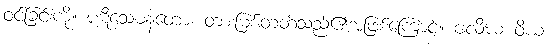
ဝင်ခြင်းကို။ ပဋိသေဓနတော၊ တားမြစ်တတ်သည်၏အဖြစ်ကြောင့်။ ပလိဃံ ဝိယ၊